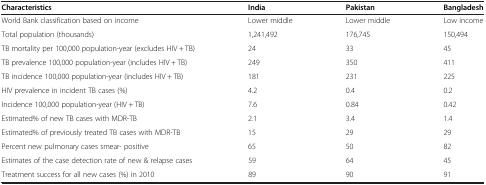
<table><thead><tr><td><b>Characteristics</b></td><td><b>India</b></td><td><b>Pakistan</b></td><td><b>Bangladesh</b></td></tr></thead><tbody><tr><td>World Bank classification based on income</td><td>Lower middle</td><td>Lower middle</td><td>Low income</td></tr><tr><td>Total population (thousands)</td><td>1,241,492</td><td>176,745</td><td>150,494</td></tr><tr><td>TB mortality per 100,000 population-year (excludes HIV + TB)</td><td>24</td><td>33</td><td>45</td></tr><tr><td>TB prevalence 100,000 population-year (includes HIV + TB)</td><td>249</td><td>350</td><td>411</td></tr><tr><td>TB incidence 100,000 population-year (includes HIV + TB)</td><td>181</td><td>231</td><td>225</td></tr><tr><td>HIV prevalence in incident TB cases (%)</td><td>4.2</td><td>0.4</td><td>0.2</td></tr><tr><td>Incidence 100,000 population-year (HIV + TB)</td><td>7.6</td><td>0.84</td><td>0.42</td></tr><tr><td>Estimated% of new TB cases with MDR-TB</td><td>2.1</td><td>3.4</td><td>1.4</td></tr><tr><td>Estimated% of previously treated TB cases with MDR-TB</td><td>15</td><td>29</td><td>29</td></tr><tr><td>Percent new pulmonary cases smear- positive</td><td>65</td><td>50</td><td>82</td></tr><tr><td>Estimates of the case detection rate of new &amp; relapse cases</td><td>59</td><td>64</td><td>45</td></tr><tr><td>Treatment success for all new cases (%) in 2010</td><td>89</td><td>90</td><td>91</td></tr></tbody></table>